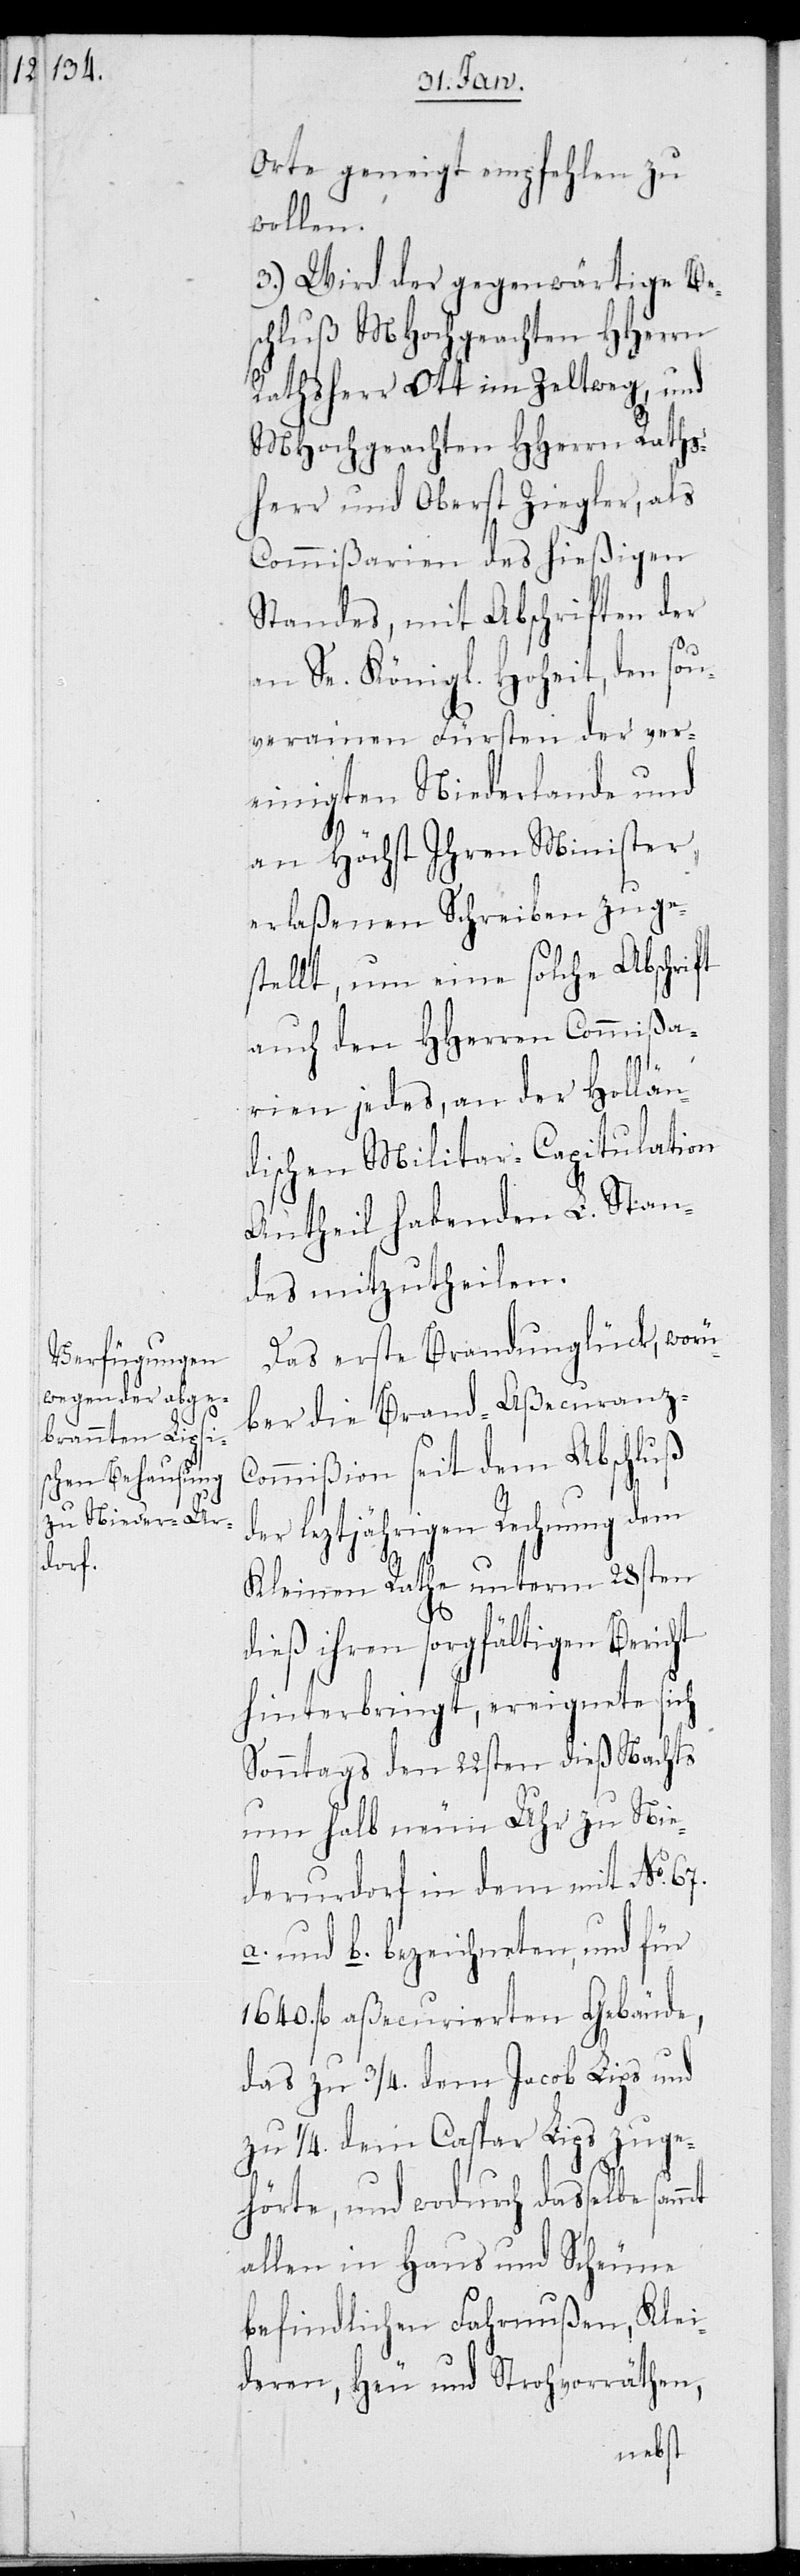
Orte geneigt empfehlen zu
wollen.
3.) Wird der gegenwärtige Be¬
schluß MHochgeachten HHerrn
Rathsherr Ott im Zeltweg, und
MHochgeachten HHerrn Raths¬
herr und Oberst Ziegler, als
Commißarien des hießigen
Standes, mit Abschriften der
an Se. Königl. Hoheit, den Sou¬
verainen Fürsten der ver¬
einigten Niederlande und
an Höchst Ihren Minister
erlaßenen Schreiben zuge¬
stellt, um eine solche Abschrift
auch den HHerren Commißa¬
rien jedes, an der Hollän¬
dischen Militar-Capitulation
Antheil habenden L. Stan¬
des mitzutheilen.
Das erste Brandunglück, worü¬
ber die Brand-Aßecuranz-C¬
ommißion seit dem Abschluß
leztjährigen Rechnung dem
Kleinen Rathe unterm 28sten
dieß ihren sorgfältigen Bericht
hinterbringt, ereignete sich
Sonntags den 22sten dieß Nachts
um halb neun Uhr zu Nie¬
derurdorf in dem mit No 67
a. und b. bezeichneten, und für
1640. fl. aßecurierten Gebäude,
das zu 3/4. dem Jacob Lips und
zu 1/4. dem Caspar Lips zuge¬
hörte, und wodurch dasselbe
allen in Haus und Scheune
befindliche Fahrnußen, Klei¬
deren, Heu und Strohvorräthen,